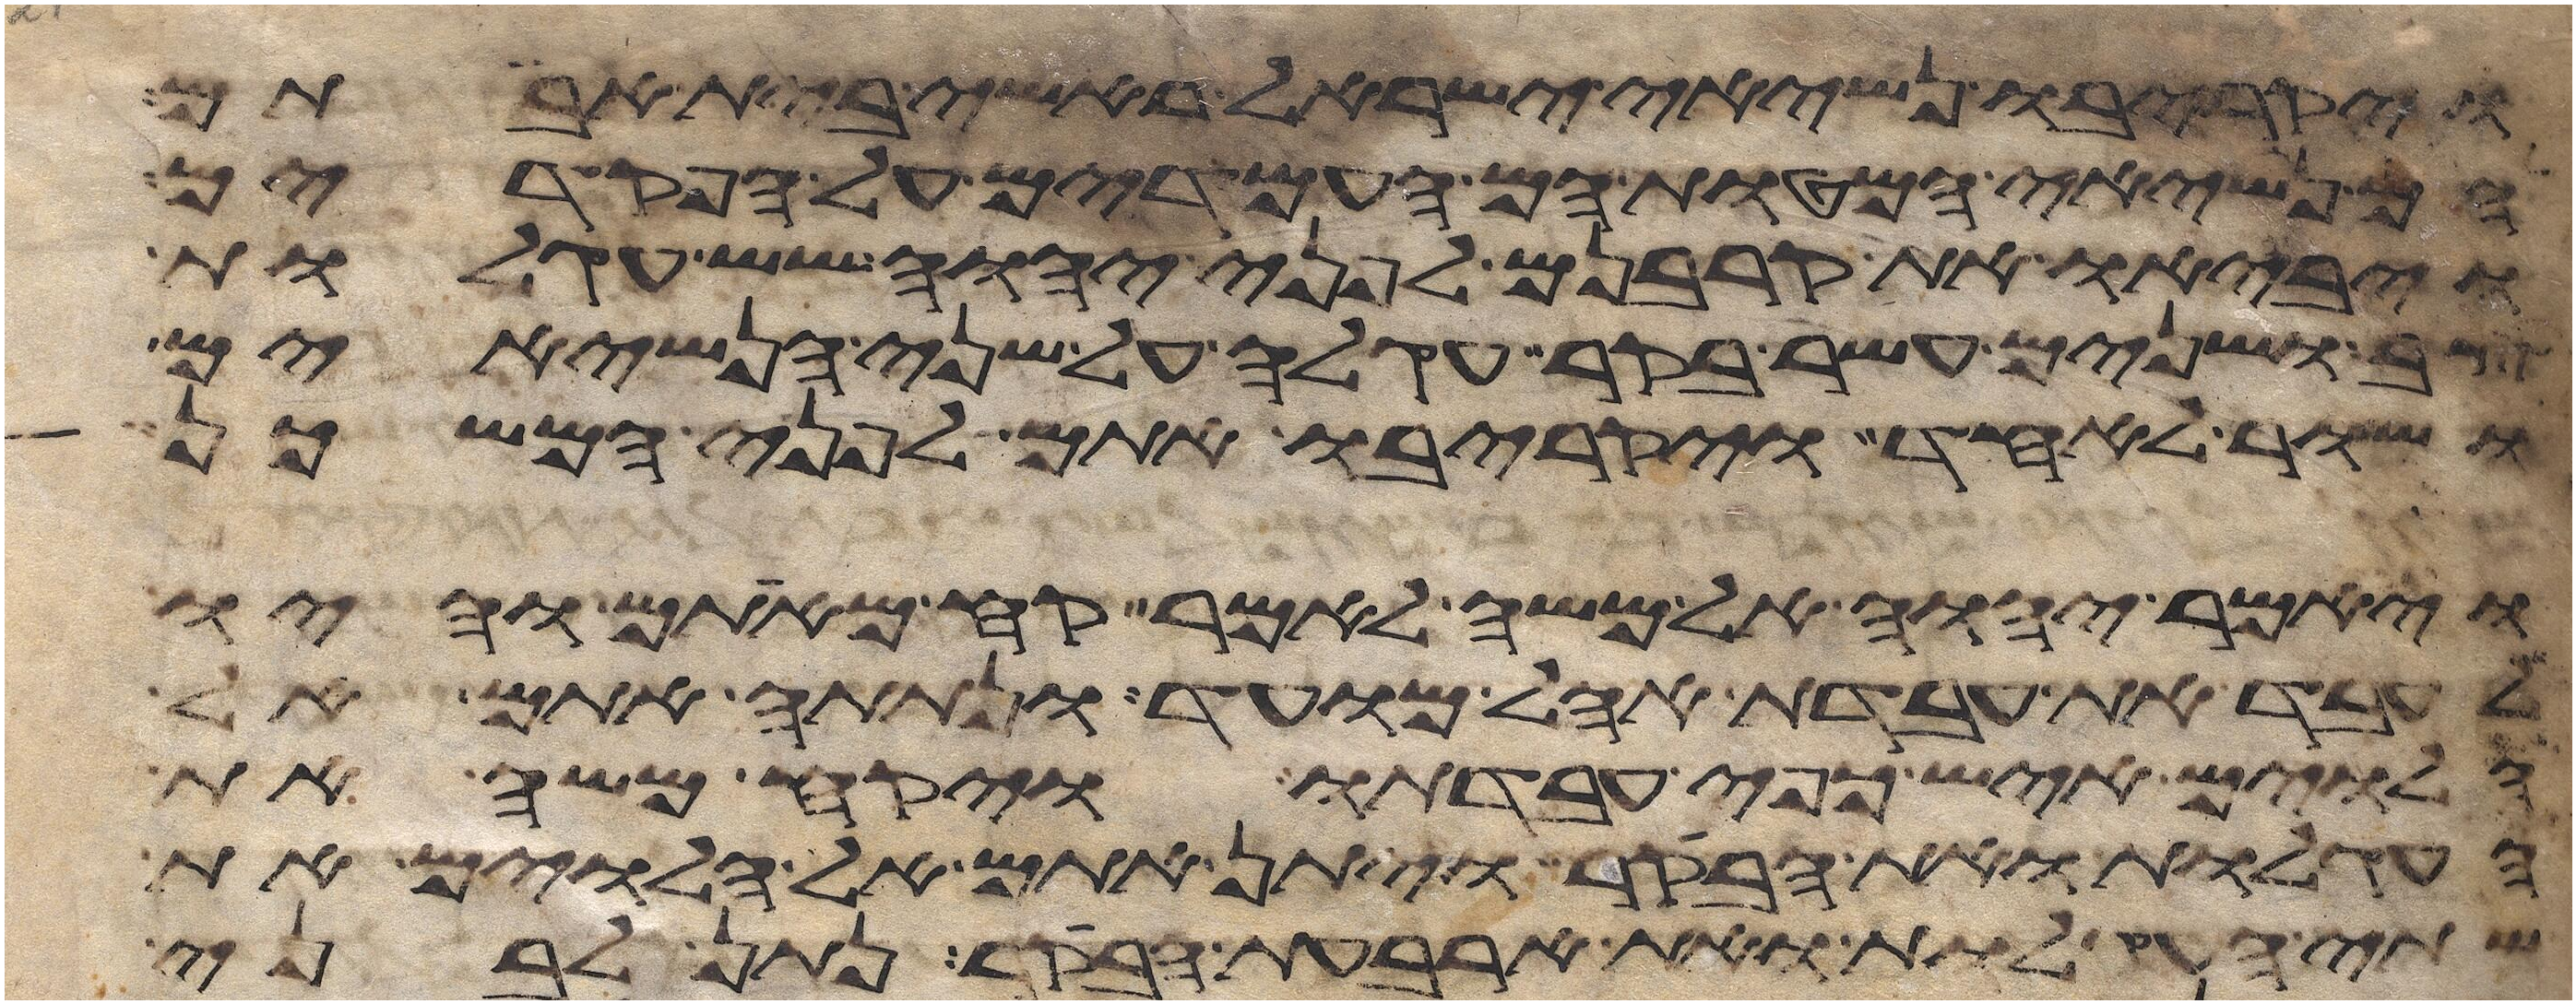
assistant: ויקריבו נשיאי ישראל ראשי בית אבותם
הם נשיאי המטות הם העמדים על הפקדים
ויביאו את קרבנם לפני יהוה שש עגלות
צב ושנים עשר בקר עגלה על שני הנשיאים
ושור לאחד ויקריבו אתם לפני המשכן
ויאמר יהוה אל משה לאמר קח מאתם והיו
לעבד את עבדת אהל מועד ונתתה אתם אל
הלוים איש כפי עבדתו ויקח משה את
העגלות ואת הבקר ויתן אתם אל הלוים את
שתי העגלות ואת ארבעת הבקר נתן לבני